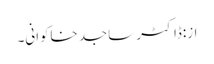
از:ڈاکٹر ساجد خاکوانی۔